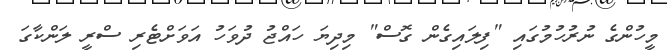
މީހުންގެ ނުރުހުމުގައި "ފިލައިގެން ގޮސް" މިދިޔަ ހައްޖު ދުވަހު އަވަށްޓެރި ސްރީ ލަންކާގަ